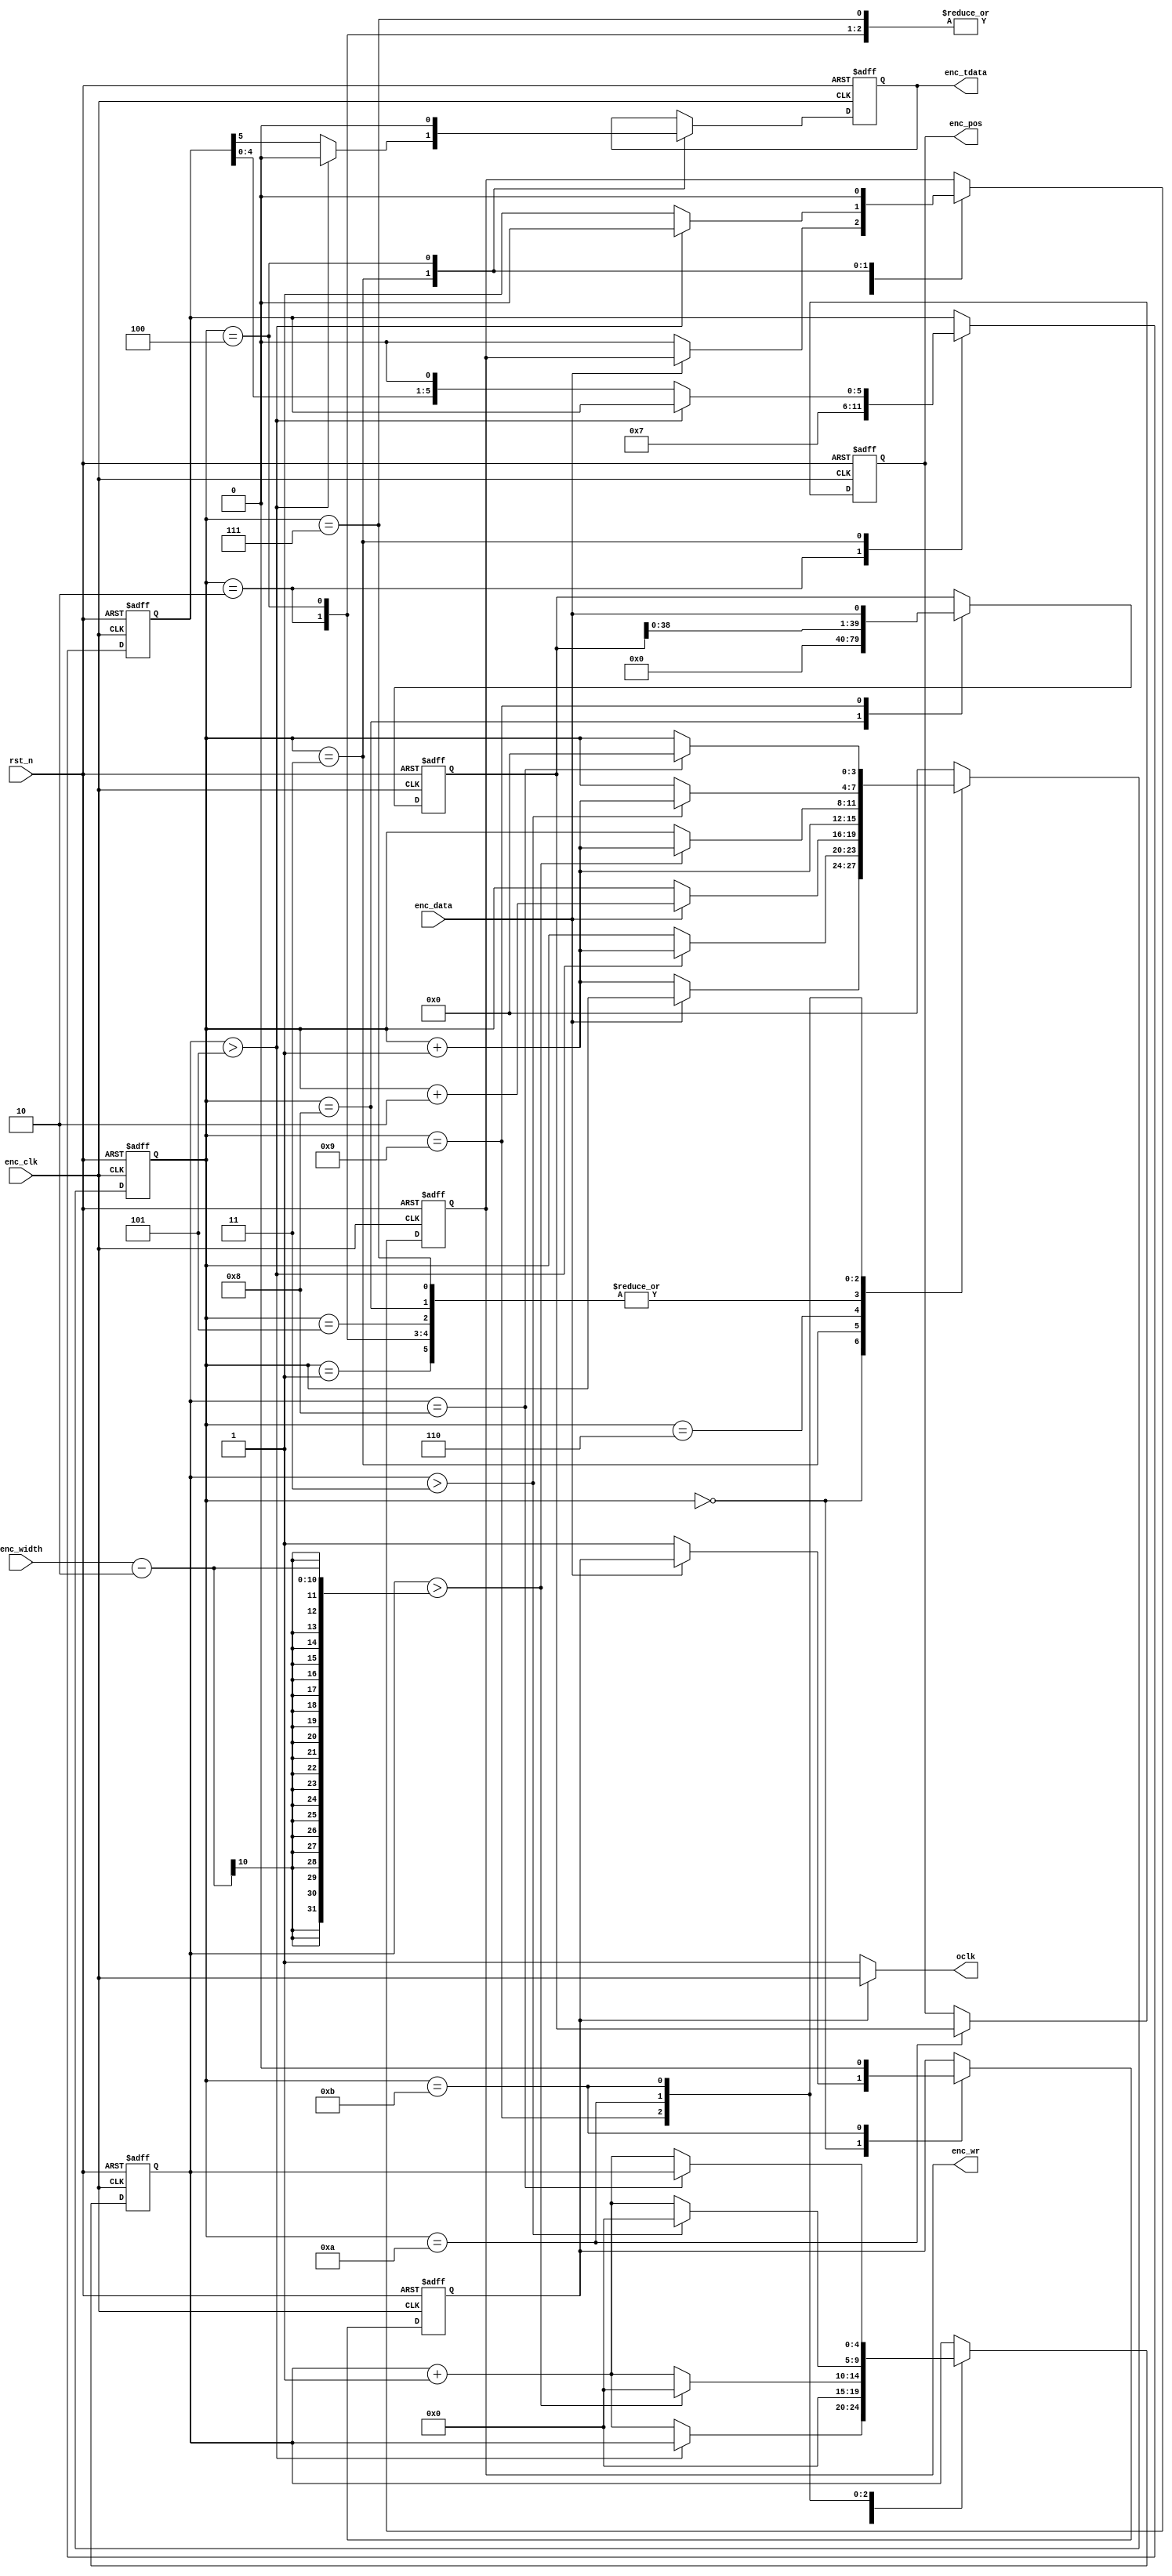
module endat (
	input rst_n,
	input enc_clk,
	output oclk,
	input enc_data,
	input [9:0] enc_width,
	output reg enc_tdata,
	output reg enc_wr, // 1: write, 0: read
	output reg [39:0] enc_pos
);

reg [3:0] state;
reg [4:0] crc_data;
reg [39:0] pos_data;
reg [4:0] count;
reg [5:0] mode_cmd;
reg cken;

always @(posedge enc_clk, negedge rst_n) begin
	if(!rst_n) begin
		state <= 4'd0;
		crc_data <= 5'd0;
		pos_data <= 40'd0;
		count <= 5'd0;
		mode_cmd <= 6'b000111;
		enc_pos <= 40'd0;
		cken <= 1'b0;
		enc_wr <= 1'b0;
		enc_tdata <= 1'b0;
	end
	else begin
		case(state)
			4'd0: begin//encoder ready
				if(!enc_data) begin
					state <= state + 1'b1;
					cken <= 1'b1;
					enc_wr <= 1'b0;
				end
			end
			4'd1: begin//tST1
				state <= state + 1'b1;
			end
			4'd2: begin//tST2
				state <= state + 1'b1;
				count <= 5'd0;
				mode_cmd <= 6'b000111;//mode command
			end
			4'd3: begin//send command to encoder
				if(count > 5'd5) begin
					state <= state + 1'b1;
					enc_tdata <= 1'b0;
					enc_wr <= 1'b0;
				end
				else begin
					count <= count + 1'b1;
					enc_tdata <= mode_cmd[5];
					mode_cmd <= {mode_cmd[4:0], 1'b0};
					enc_wr <= 1'b1;//direction is output
				end
			end
			4'd4: begin//direction is input
				count <= 5'd0;
				state <= state + 1'b1;
				enc_tdata <= 1'b0;
				enc_wr <= 1'b0;
			end
			4'd5: begin//
				state <= state + 1'b1;
			end
			4'd6: begin//start
				if(enc_data) state <= state + 2'd2;
			end
			4'd7: begin//F1
				state <= state + 1'b1;
				count <= 5'd0;
			end
			4'd8: begin//F2
				state <= state + 1'b1;
				pos_data <= 0;
			end
			4'd9: begin//receive position data
				pos_data <= {pos_data[38:0], enc_data};
				if(count > enc_width-2) begin
					state <= state + 1'b1;
					count <= 5'd0;
				end
				else count <= count + 1'b1;
			end
			4'd10: begin//receive CRC data
				enc_pos <= pos_data;
				if(count > 5'd3) begin
					state <= state + 1'b1;
					crc_data <= {crc_data[3:0], enc_data};
					count <= 5'd0;
				end
				else begin
					count <= count + 1'b1;
					crc_data <= {crc_data[3:0], enc_data};
				end
			end
			4'd11: begin//end delay
				cken <= 1'b0;
				if(count == 5'd8) state <= 0;
				else count <= count + 1'b1;
			end
			default: begin
				state <= 4'd0;
			end
		endcase
	end
end

assign oclk = (cken == 1'b1)? enc_clk: 1'b1;//output clock

endmodule